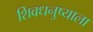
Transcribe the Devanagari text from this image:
शिवधनुष्याला